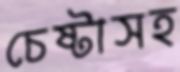
চেষ্টাসহ